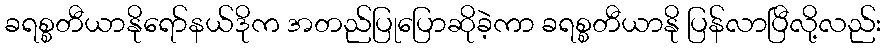
ခရစ္စတီယာနိုရော်နယ်ဒိုက အတည်ပြုပြောဆိုခဲ့ကာ ခရစ္စတီယာနို ပြန်လာပြီလို့လည်း